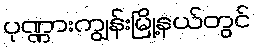
ပုဏ္ဏားကျွန်းမြို့နယ်တွင်